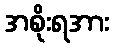
အစိုးရအား